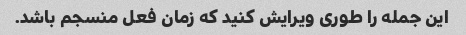
این جمله را طوری ویرایش کنید که زمان فعل منسجم باشد.